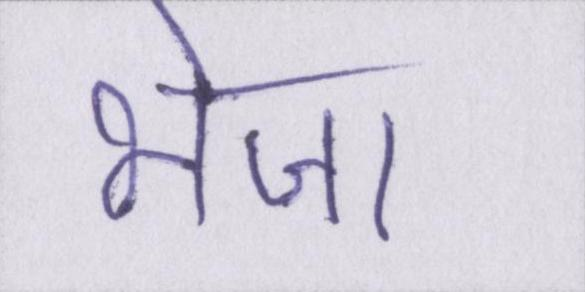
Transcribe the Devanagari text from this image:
भेजा